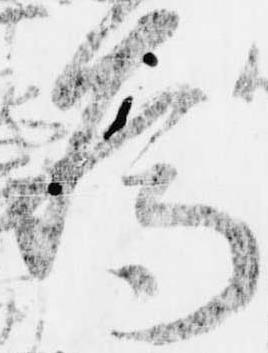
為